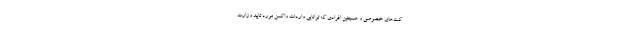
کت‌های خصوصی و همچنین افرادی که توانایی واردات واکسن مورد تایید وزارت